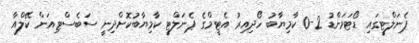
ޕެނަލްޓީގައި ޑޯޓަމަންޑު 2-0 ކާމިޔާބު ހޯދިއިރު އެޓީމްގެ ޕެނަލްޓީ ކާމިޔާބުކޮށްދިނީ ސަބެސްޓިއަން ކޭލްއާ